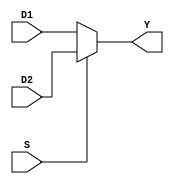
`timescale 1ns / 1ps
//////////////////////////////////////////////////////////////////////////////////
// Company: 
// Engineer: 
// 
// Design Name: 
// Module Name: MUX_21
// Project Name: 
// Target Devices: 
// Tool Versions: 
// Description: 
// 
// Dependencies: 
// 
// Revision:
// Revision 0.01 - File Created
// Additional Comments:
// 
//////////////////////////////////////////////////////////////////////////////////


module mux21(
    input S,
    input [31:0]D1,
    input [31:0]D2,
    output [31:0]Y
    );
    
    //Defining module behaviour
    assign Y = S ? D2 : D1;
    
endmodule